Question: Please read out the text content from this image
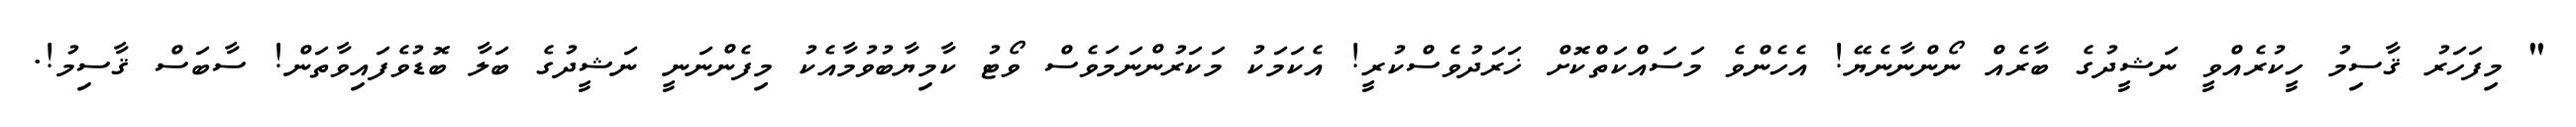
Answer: " މިފަހަރު ޤާސިމު ހީކުރެއްވީ ނަޝީދުގެ ބާރެއް ނޯންނާނެޔޭ! އެހެންވެ މަސައްކަތްކޮށް ޚަރަދުވެސްކުރީ! އެކަމަކު މަކަރުންނަމަވެސް ވޯޓު ކާމިޔާބުވުމާއެކު މިފެންނަނީ ނަޝީދުގެ ބަލާ ބޮޑުވެފައިވާތަން! ސާބަސް ޤާސިމު!.